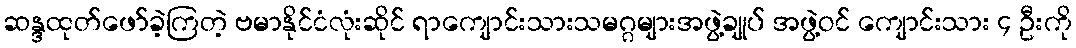
ဆန္ဒထုတ်ဖော်ခဲ့ကြတဲ့ ဗမာနိုင်ငံလုံးဆိုင် ရာကျောင်းသားသမဂ္ဂများအဖွဲ့ချုပ် အဖွဲ့ဝင် ကျောင်းသား ၄ ဦးကို